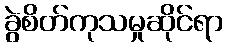
ခွဲစိတ်ကုသမှုဆိုင်ရာ